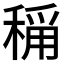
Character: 𬓴